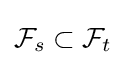
{\mathcal {F}}_{s}\subset {\mathcal {F}}_{t}